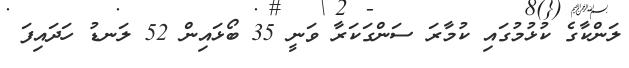
ލަންކާގެ ކުޅުމުގައި ކުމާރަ ސަންގަކަރާ ވަނީ 35 ބޯޅައިން 52 ލަނޑު ހަދައިފަ